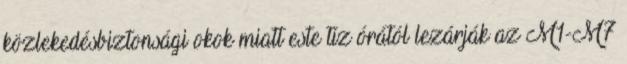
közlekedésbiztonsági okok miatt este tíz órától lezárják az M1-M7